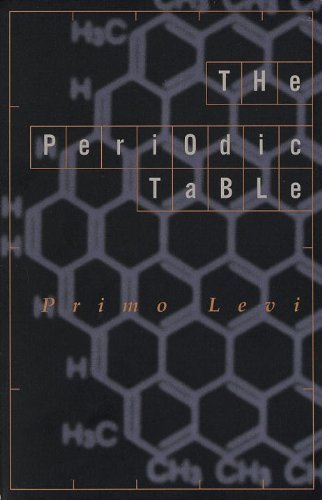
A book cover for The Periodic Table; Primo Levi; Literature & Fiction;